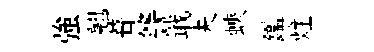
強翹葺讐戢夫蛺鑑炷